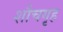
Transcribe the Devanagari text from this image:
शौचगृह